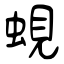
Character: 蜆